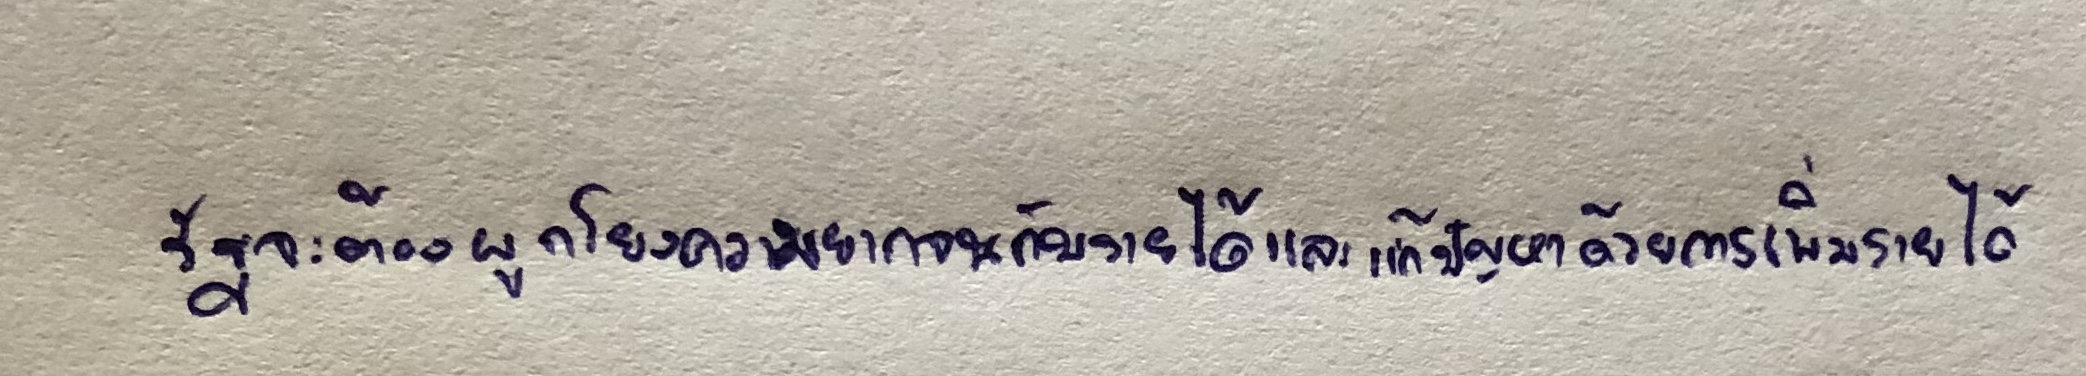
รัฐจะต้องผูกโยงความยากจนกับรายได้และแก้ปัญหาด้วยการเพิ่มรายได้